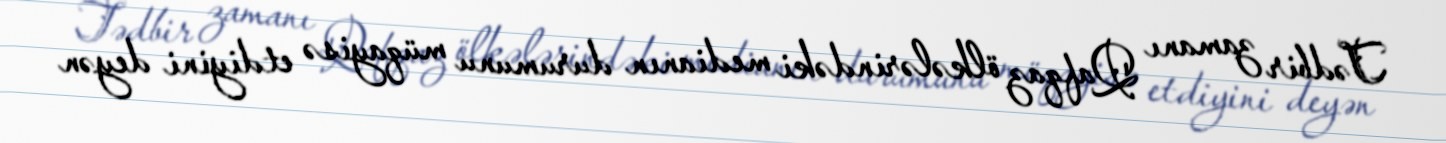
Tədbir zamanı Qafqaz ölkələrindəki medianın durumunu müqayisə etdiyini deyən